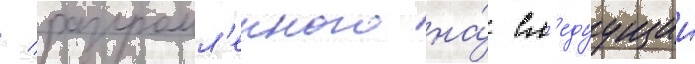
/ разгромл'енного на́ сл'едуущии